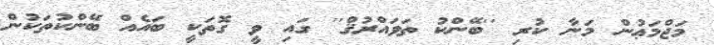
މަޖްމަޢުން މަނާ ކުރި ''ބޭންކު ތަވައްރުޤް'' ގައި ވީ ގޮތަކީ ބައެއް ބޭންކުތަކުން